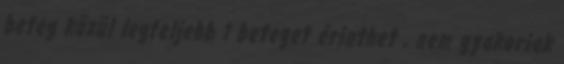
beteg közül legfeljebb 1 beteget érinthet , nem gyakoriak